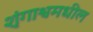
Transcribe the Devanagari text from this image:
शृंगाश्वमधील